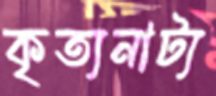
কৃত্যনাট্য